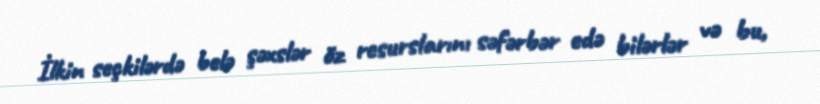
İlkin seçkilərdə belə şəxslər öz resurslarını səfərbər edə bilərlər və bu,